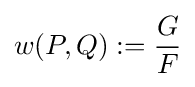
w(P,Q):={\frac {G}{F}}